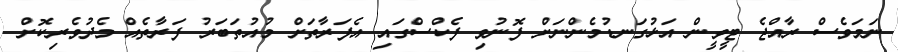
ނަމަވެސް ރާއްޖެ ޓީވީން އަޅުގަނޑުމެންނަށް ފޮނުވި ފެކްސްގައި އެފަރާތަށް މުއުތަބަރު ފަރާތެއް މެދުވެރިކޮށް